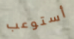
أستوعب